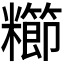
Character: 𫃖